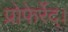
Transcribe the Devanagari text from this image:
प्रोफेर्रेद्।